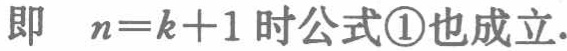
即 \(n = k + 1\) 时公式\textcircled{1}也成立.